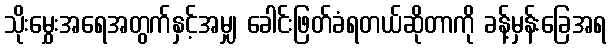
သိုးမွှေးအရေအတွက်နှင့်အမျှ ခေါင်းဖြတ်ခံရတယ်ဆိုတာကို ခန့်မှန်းခြေအရ